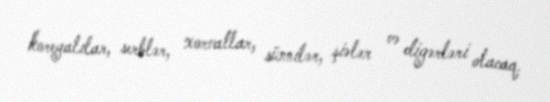
koreyalılar, serblər, xorvatlar, sünnilər, şiələr və digərləri olacaq.